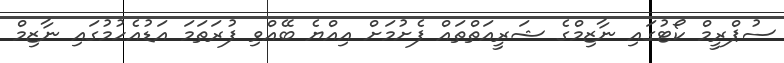
ސުޕްރީމް ކޯޓުގައި ނާޒިމްގެ ޝަރީއަތްތައް ފެށުމަށް އިއްޔެ ބޭއްވި ފުރަތަމަ އަޑުއެހުމުގައި ނާޒިމް